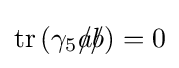
\operatorname {tr} \left(\gamma _{5}{a\!\!\!/}{b\!\!\!/}\right)=0